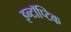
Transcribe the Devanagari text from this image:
इन्टॉप्टिक